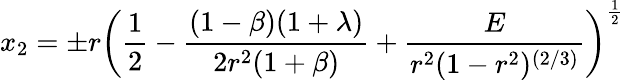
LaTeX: \displaystyle x_{2}=\pm r\left(\frac{1}{2}-\frac{(1-\beta)(1+\lambda)}{2r^{2}(1+\beta)}+\frac{E}{r^{2}(1-r^{2})^{(2/3)}}\right)^{\frac{1}{2}}